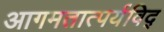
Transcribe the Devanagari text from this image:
आगमतात्पर्यविद्